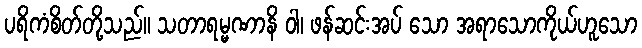
ပရိကံစိတ်တို့သည်။ သတာရမ္မဏာနိ ဝါ၊ ဖန်ဆင်းအပ် သော အရာသောကိုယ်ဟူသော